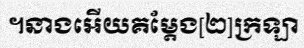
។នាងអើយគម្តែង[២]ក្រឡា